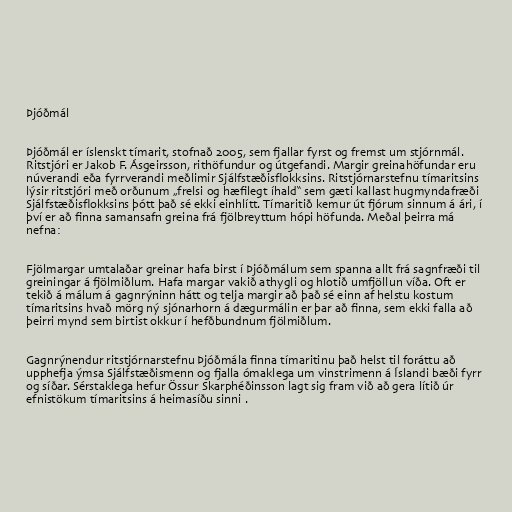
Þjóðmál

Þjóðmál er íslenskt tímarit, stofnað 2005, sem fjallar fyrst og fremst um stjórnmál.
Ritstjóri er Jakob F. Ásgeirsson, rithöfundur og útgefandi. Margir greinahöfundar eru
núverandi eða fyrrverandi meðlimir Sjálfstæðisflokksins. Ritstjórnarstefnu tímaritsins
lýsir ritstjóri með orðunum „frelsi og hæfilegt íhald“ sem gæti kallast hugmyndafræði
Sjálfstæðisflokksins þótt það sé ekki einhlítt. Tímaritið kemur út fjórum sinnum á ári, í
því er að finna samansafn greina frá fjölbreyttum hópi höfunda. Meðal þeirra má
nefna:

Fjölmargar umtalaðar greinar hafa birst í Þjóðmálum sem spanna allt frá sagnfræði til
greiningar á fjölmiðlum. Hafa margar vakið athygli og hlotið umfjöllun víða. Oft er
tekið á málum á gagnrýninn hátt og telja margir að það sé einn af helstu kostum
tímaritsins hvað mörg ný sjónarhorn á dægurmálin er þar að finna, sem ekki falla að
þeirri mynd sem birtist okkur í hefðbundnum fjölmiðlum.

Gagnrýnendur ritstjórnarstefnu Þjóðmála finna tímaritinu það helst til foráttu að
upphefja ýmsa Sjálfstæðismenn og fjalla ómaklega um vinstrimenn á Íslandi bæði fyrr
og síðar. Sérstaklega hefur Össur Skarphéðinsson lagt sig fram við að gera lítið úr
efnistökum tímaritsins á heimasíðu sinni .